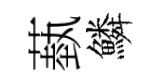
蓺鱗